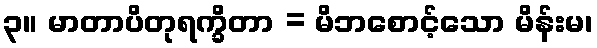
၃။ မာတာပိတုရက္ခိတာ = မိဘစောင့်သော မိန်းမ၊